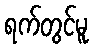
ရက်တွင်မူ